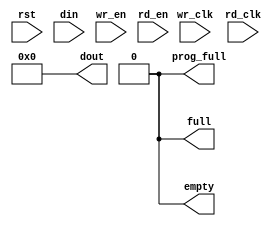
module fifo_async_104x32_2(rst, wr_clk, rd_clk, din, wr_en, rd_en, dout, full, empty, prog_full)
;
  input rst;
  input wr_clk;
  input rd_clk;
  input [103:0]din;
  input wr_en;
  input rd_en;
  output [103:0]dout;
  output full;
  output empty;
  output prog_full;
   assign empty       =1'b0;
   assign prog_full   =1'b0;
   assign dout[103:0] =104'b0;
   assign full        =1'b0;
endmodule